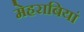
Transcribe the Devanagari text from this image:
मेहराबियां